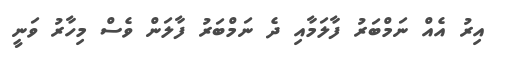
އިރު އެއް ނަމްބަރު ފާލަމާއި ދެ ނަމްބަރު ފާލަން ވެސް މިހާރު ވަނީ